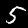
Label: 5